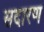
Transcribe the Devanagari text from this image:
सदारण